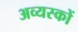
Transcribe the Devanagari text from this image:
अव्यस्कों